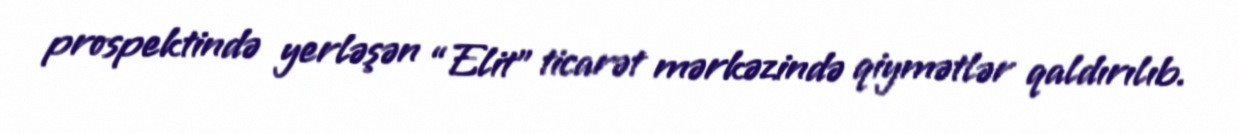
prospektində yerləşən “Elit” ticarət mərkəzində qiymətlər qaldırılıb.